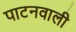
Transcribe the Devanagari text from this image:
पाटनवाली